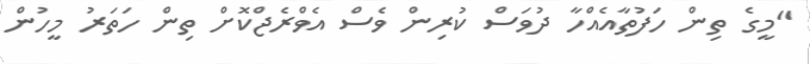
"މީގެ ތިން ހަފުތާއެއްހާ ދުވަސް ކުރިން ވެސް އެވްރެޖްކޮށް ތިން ހަތަރު މީހުން